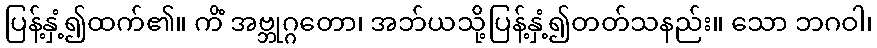
ပြန့်နှံ့၍ထက်၏။ ကိံ အဗ္ဘုဂ္ဂတော၊ အဘ်ယသို့ပြန့်နှံ့၍တတ်သနည်း။ သော ဘဂဝါ၊